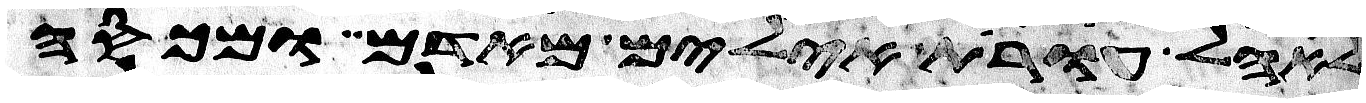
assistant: לאהל עורת אילים מאדמים ומכסה